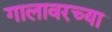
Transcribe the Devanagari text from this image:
गालावरच्या